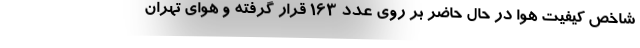
شاخص کیفیت هوا در حال حاضر بر روی عدد ۱۶۳ قرار گرفته و هوای تهران